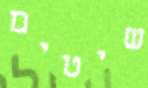
שיטים